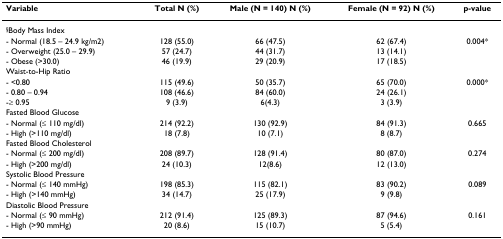
| Variable | Total N (%) | Male (N = 140) N (%) | Female (N = 92) N (%) | p-value |
 | --- | --- | --- | --- | --- |
 | §Body Mass Index |  |  |  |  |
 | - Normal (18.5 – 24.9 kg/m2) | 128 (55.0) | 66 (47.5) | 62 (67.4) | 0.004* |
 | - Overweight (25.0 – 29.9) | 57 (24.7) | 44 (31.7) | 13 (14.1) |  |
 | - Obese (>30.0) | 46 (19.9) | 29 (20.9) | 17 (18.5) |  |
 | Waist-to-Hip Ratio |  |  |  |  |
 | - <0.80 | 115 (49.6) | 50 (35.7) | 65 (70.0) | 0.000* |
 | - 0.80 – 0.94 | 108 (46.6) | 84 (60.0) | 24 (26.1) |  |
 | -≥ 0.95 | 9 (3.9) | 6(4.3) | 3 (3.9) |  |
 | Fasted Blood Glucose |  |  |  |  |
 | - Normal (≤ 110 mg/dl) | 214 (92.2) | 130 (92.9) | 84 (91.3) | 0.665 |
 | - High (>110 mg/dl) | 18 (7.8) | 10 (7.1) | 8 (8.7) |  |
 | Fasted Blood Cholesterol |  |  |  |  |
 | - Normal (≤ 200 mg/dl) | 208 (89.7) | 128 (91.4) | 80 (87.0) | 0.274 |
 | - High (>200 mg/dl) | 24 (10.3) | 12(8.6) | 12 (13.0) |  |
 | Systolic Blood Pressure |  |  |  |  |
 | - Normal (≤ 140 mmHg) | 198 (85.3) | 115 (82.1) | 83 (90.2) | 0.089 |
 | - High (>140 mmHg) | 34 (14.7) | 25 (17.9) | 9 (9.8) |  |
 | Diastolic Blood Pressure |  |  |  |  |
 | - Normal (≤ 90 mmHg) | 212 (91.4) | 125 (89.3) | 87 (94.6) | 0.161 |
 | - High (>90 mmHg) | 20 (8.6) | 15 (10.7) | 5 (5.4) |  |